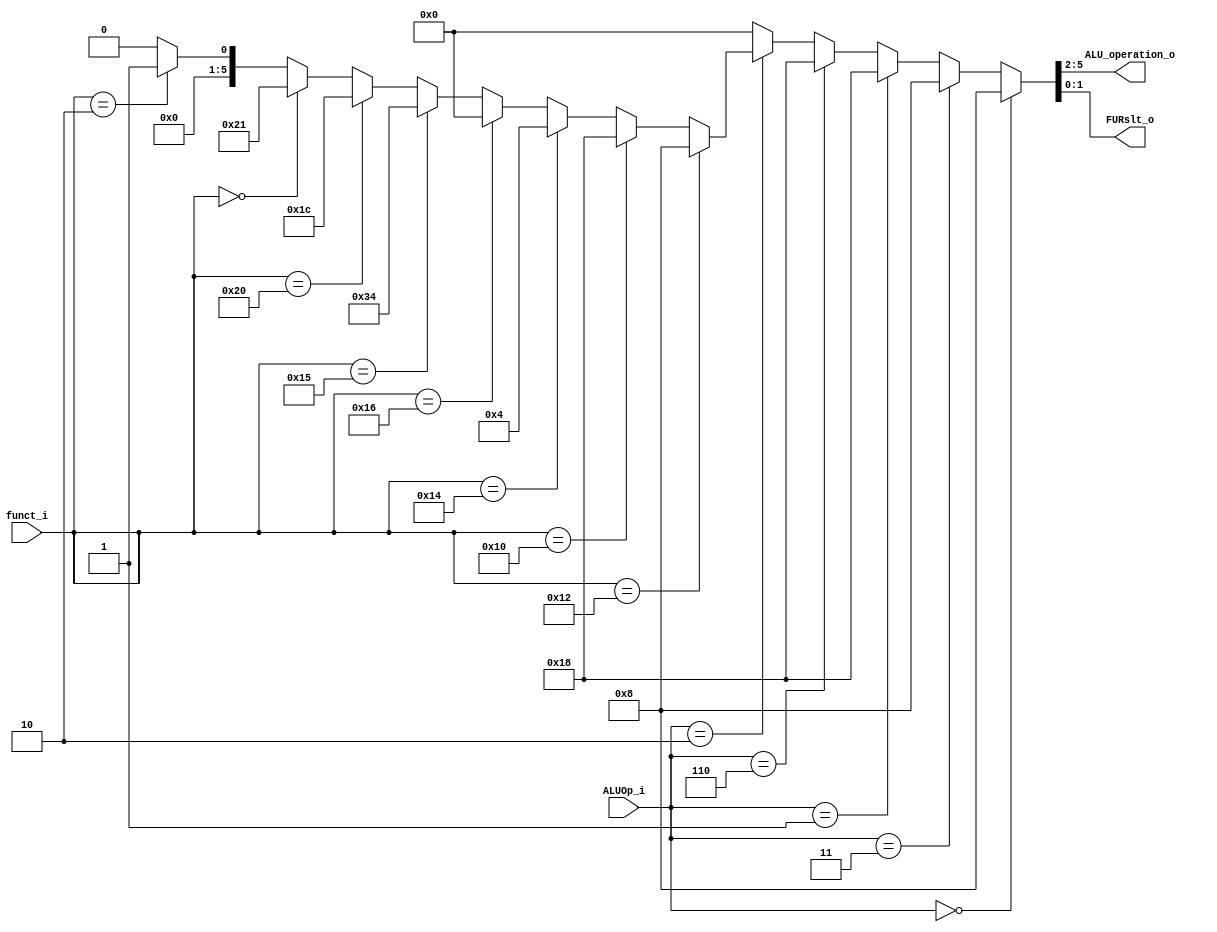
module ALU_Ctrl( funct_i, ALUOp_i, ALU_operation_o, FURslt_o );

//I/O ports 
input      [6-1:0] funct_i;
input      [3-1:0] ALUOp_i;

output     [4-1:0] ALU_operation_o;  
output     [2-1:0] FURslt_o;
     
//Internal Signals
wire		[4-1:0] ALU_operation_o;
wire		[2-1:0] FURslt_o;

//Main function
/*your code here*/
assign {ALU_operation_o, FURslt_o} = (ALUOp_i == 3'b000) ? {4'b0010, 2'b00} : // lw sw
                         (ALUOp_i == 3'b011) ? {4'b0010, 2'b00} : // addi
                         (ALUOp_i == 3'b001) ?  {4'b0110, 2'b00} : // beq
                         (ALUOp_i == 3'b110) ?  {4'b0110, 2'b00} : // bne
                         (ALUOp_i == 3'b010) ? ( // R-type
                            (funct_i == 6'b010010) ? {4'b0010, 2'b00} : // add
                            (funct_i == 6'b010000) ? {4'b0110, 2'b00} : // sub
                            (funct_i == 6'b010100) ? {4'b0001, 2'b00} : // and
                            (funct_i == 6'b010110) ? {4'b0000, 2'b00} : // or
                            (funct_i == 6'b010101) ? {4'b1101, 2'b00} : // nor
                            (funct_i == 6'b100000) ? {4'b0111, 2'b00} : // slt
                            (funct_i == 6'b000000) ? {4'b1000, 2'b01} : // sll
                            (funct_i == 6'b000010) ? {4'b0000, 2'b01} : 0// srl
                         ) : 0;
                         
endmodule